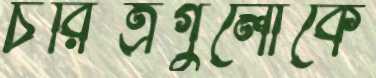
চরিত্রগুলোকে